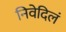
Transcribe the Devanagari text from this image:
निवेदिलं